Reports on military cantonments and civil stations in the Presidency of Bombay inspected by the Sanitary Commissioner in the years 1875 and 1876
Year: 1875
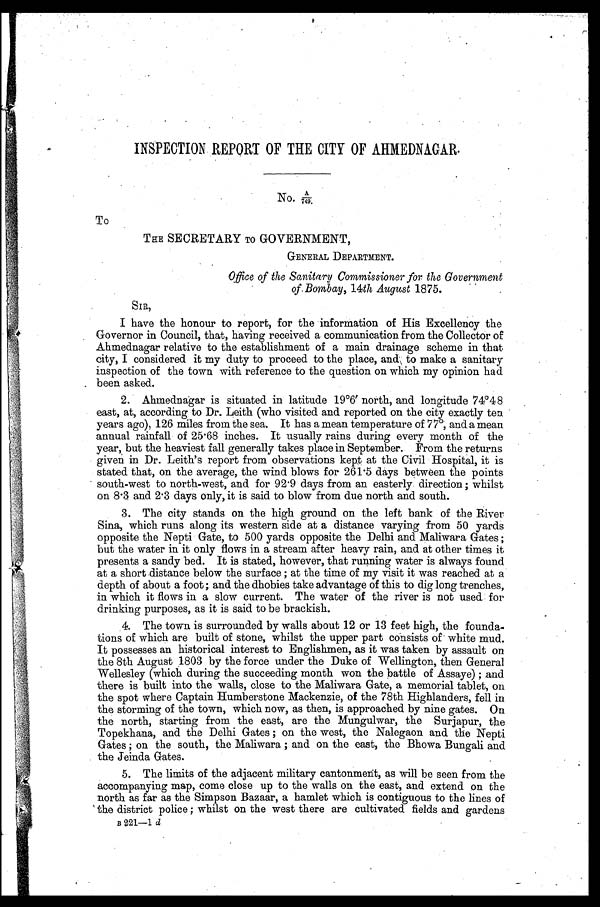
INSPECTION REPORT OF THE CITY OF AHMEDNAGAR.
No. A/749.
To
THE SECRETARY TO GOVERNMENT,
GENERAL DEPARTMENT.
Office of the Sanitary Commissioner for the Government
of Bombay, 14th August 1875.
SIR,
I have the honour to report, for the information of His Excellency the
Governor in Council, that, having received a communication from the Collector of
Ahmednagar relative to the establishment of a main drainage scheme in that
city, I considered it my duty to proceed to the place, and to make a sanitary
inspection of the town with reference to the question on which my opinion had
been asked.
2. Ahmednagar is situated in latitude 19°6' north, and longitude 74°48
east, at, according to Dr. Leith (who visited and reported on the city exactly ten
years ago), 126 miles from the sea. It has a mean temperature of 77°, and a mean
annual rainfall of 25.68 inches. It usually rains during every month of the
year, but the heaviest fall generally takes place in September. From the returns
given in Dr. Leith's report from observations kept at the Civil Hospital, it is
stated that, on the average, the wind blows for 261.5 days between the points
south-west to north-west, and for 92.9 days from an easterly direction; whilst
on 8.3 and 2.3 days only, it is said to blow from due north and south.
3. The city stands on the high ground on the left bank of the River
Sina, which runs along its western side at a distance varying from 50 yards
opposite the Nepti Gate, to 500 yards opposite the Delhi and Maliwara Gates;
but the water in it only flows in a stream after heavy rain, and at other times it
presents a sandy bed. It is stated, however, that running water is always found
at a short distance below the surface; at the time of my visit it was reached at a
depth of about a foot; and the dhobies take advantage of this to dig long trenches,
in which it flows in a slow current. The water of the river is not used for
drinking purposes, as it is said to be brackish.
4. The town is surrounded by walls about 12 or 13 feet high, the founda
- t i o n s o f w h i c h a r e b u i l t o f s t o n e , w h i l s t t h e u p p e r p a r t c o n s i s t s o f w h i t e m u d .
It possesses an historical interest to Englishmen, as it was taken by assault on
the 8th August 1803 by the force under the Duke of Wellington, then General
Wellesley (which during the succeeding month won the battle of Assaye); and
there is built into the walls, close to the Maliwara Gate, a memorial tablet, on
the spot where Captain Humberstone Mackenzie, of the 78th Highlanders, fell in
the storming of the town, which now, as then, is approached by nine gates. On
the north, starting from the east, are the Mungulwar, the Surjapur, the
Topekhana, and the Delhi Gates; on the west, the Nalegaon and the Nepti
Gates; on the south, the Maliwara; and on the east, the Bhowa Bungali and
the Jeinda Gates.
5. The limits of the adjacent military cantonment, as will be seen from the
accompanying map, come close up to the walls on the east, and extend on the
north as far as the Simpson Bazaar, a hamlet which is contiguous to the lines of
the district police; whilst on the west there are cultivated fields and gardens
B 221—1d